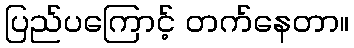
ပြည်ပကြောင့် တက်နေတာ။